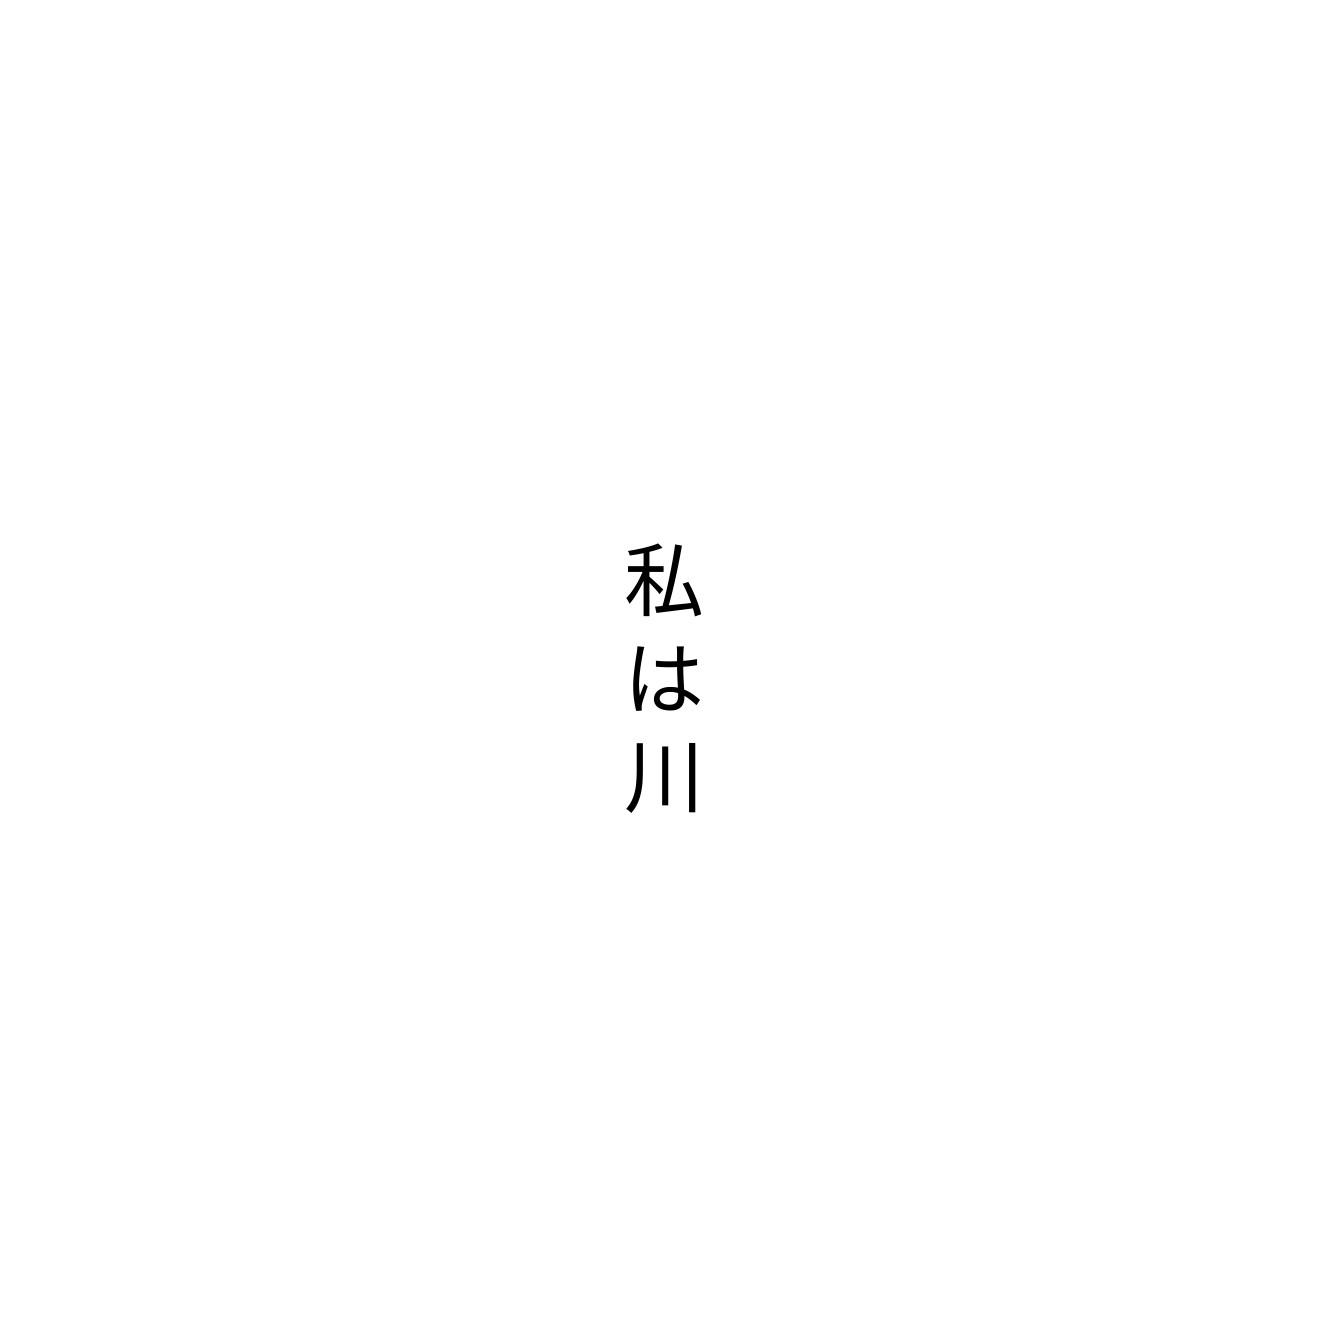
私は川